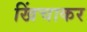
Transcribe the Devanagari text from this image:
खिंचाकर